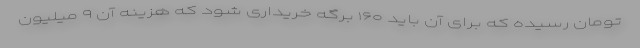
تومان رسیده که برای آن باید ۱۶۰ برگه خریداری شود که هزینه آن ۹ میلیون